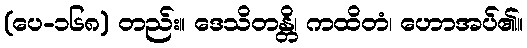
(ပေ-၁၆၈) တည်း။ ဒေသိတန္တိ၊ ကထိတံ၊ ဟောအပ်၏။